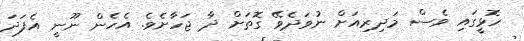
ހޮޅީގައި ވެސް މަދިރިއަށް ނުވަދެވޭ ގޮތަށް ދާ ޖަހާށެވެ. އެހެން ނޫނީ އެފަދަ